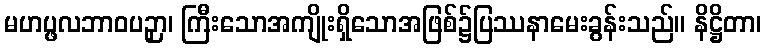
မဟပ္ဖလဘာဝပဉှာ၊ ကြီးသောအကျိုးရှိသောအဖြစ်၌ပြဿနာမေးခွန်းသည်။ နိဋ္ဌိတာ၊